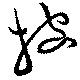
披